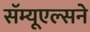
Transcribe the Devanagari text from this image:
सॅम्यूएल्सने